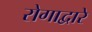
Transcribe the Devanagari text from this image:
रोगाद्वारे